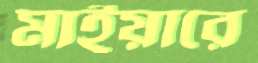
মাইয়ারে